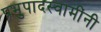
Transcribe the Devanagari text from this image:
प्रभुपादस्वामींनी